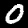
Label: 0